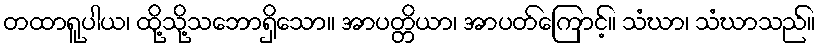
တထာရူပါယ၊ ထို့သို့သဘောရှိသော။ အာပတ္တိယာ၊ အာပတ်ကြောင့်။ သံဃာ၊ သံဃာသည်။